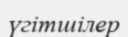
үгітшілер